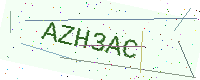
Text: AZH3AC